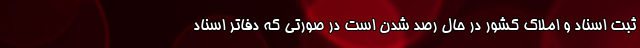
ثبت اسناد و املاک کشور در حال رصد شدن است در صورتی که دفاتر اسناد